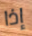
إذا